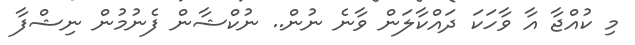
މި ކުއްޖާ އާ ވާހަކަ ދައްކާލަން ވާނެ ނުން.. ނުކްޝާން ފެނުމުން ނިޝްފާ